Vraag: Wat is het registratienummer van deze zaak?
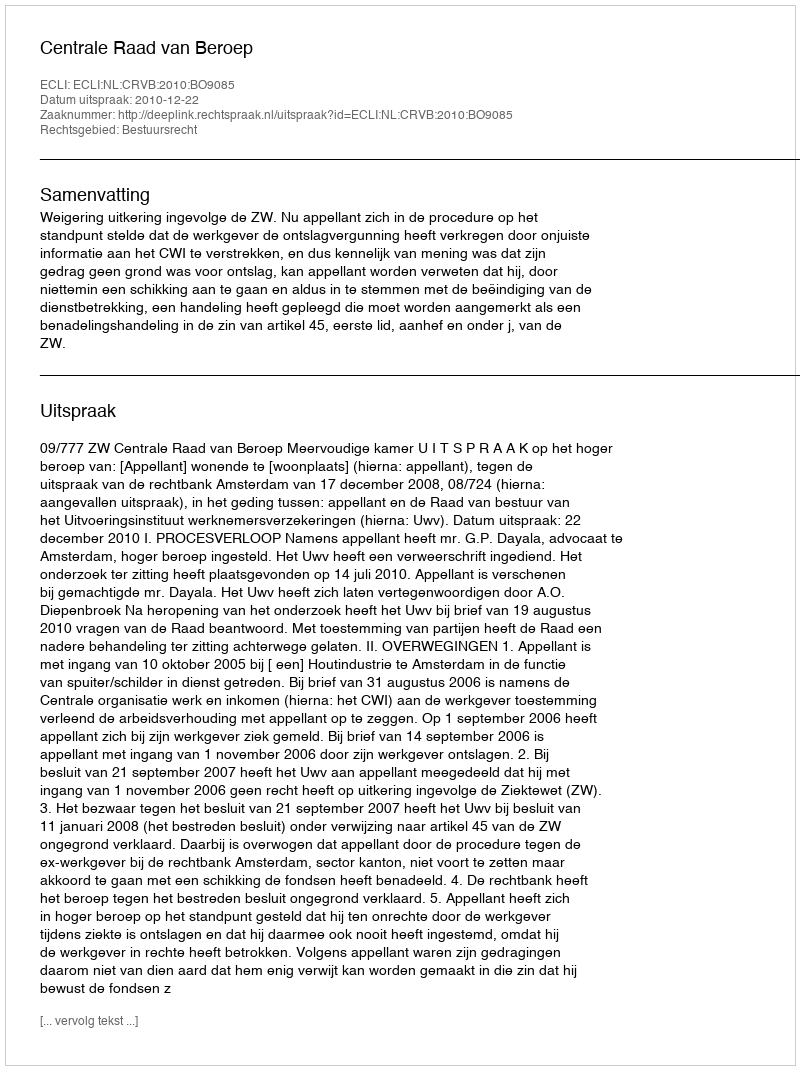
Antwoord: http://deeplink.rechtspraak.nl/uitspraak?id=ECLI:NL:CRVB:2010:BO9085